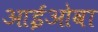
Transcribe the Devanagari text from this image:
आईओवा